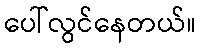
ပေါ်လွင်နေတယ်။